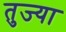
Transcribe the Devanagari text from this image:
तुज्या